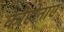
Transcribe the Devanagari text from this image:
कोरोनाए